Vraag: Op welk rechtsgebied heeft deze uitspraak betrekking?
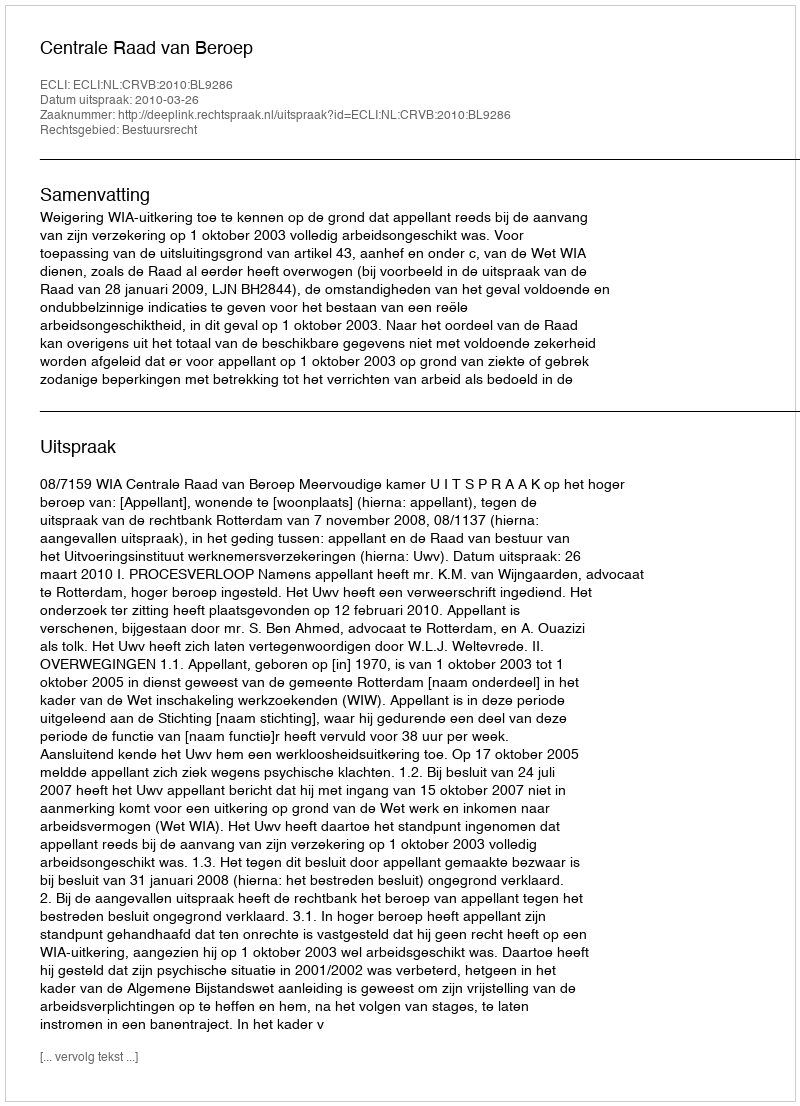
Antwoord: Bestuursrecht